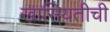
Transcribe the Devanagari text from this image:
खासियतीची